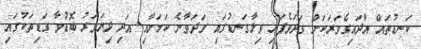
ކަނޑުތައް އާދައިގެވަރަކަށް ގަދަވެފައި ވިލާގަނޑުގައި ގަދަވާނެ ކަމަށާއި އަދި ދިޔަވަރު ބޮޑުވާ ގަޑިތަކުގައި